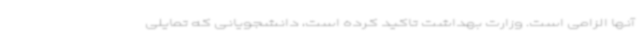
آنها الزامی است. وزارت بهداشت تاکید کرده است، دانشجویانی که تمایلی